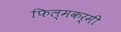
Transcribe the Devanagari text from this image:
फिल्मकर्मी